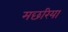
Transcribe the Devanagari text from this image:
मछरिया